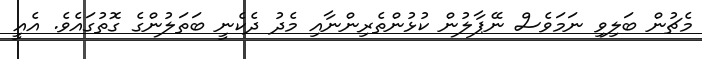
މެޗުން ބަލިވި ނަމަވެސް ނޭޕާލުން ކުޅުންތެރިންނާއި މެދު ދެކެނީ ބަތަލުންގެ ގޮތުގައެވެ. އެއީ